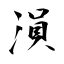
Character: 溳